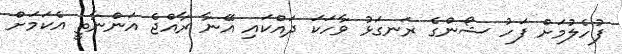
ފުހެލުމަށް ފަހު ޝޯންގެ ރަނގަޅު ވާހަކަ ދައްކައި އޭނާ ރާއްޖެ އަންނާތީ އެކަމަށް